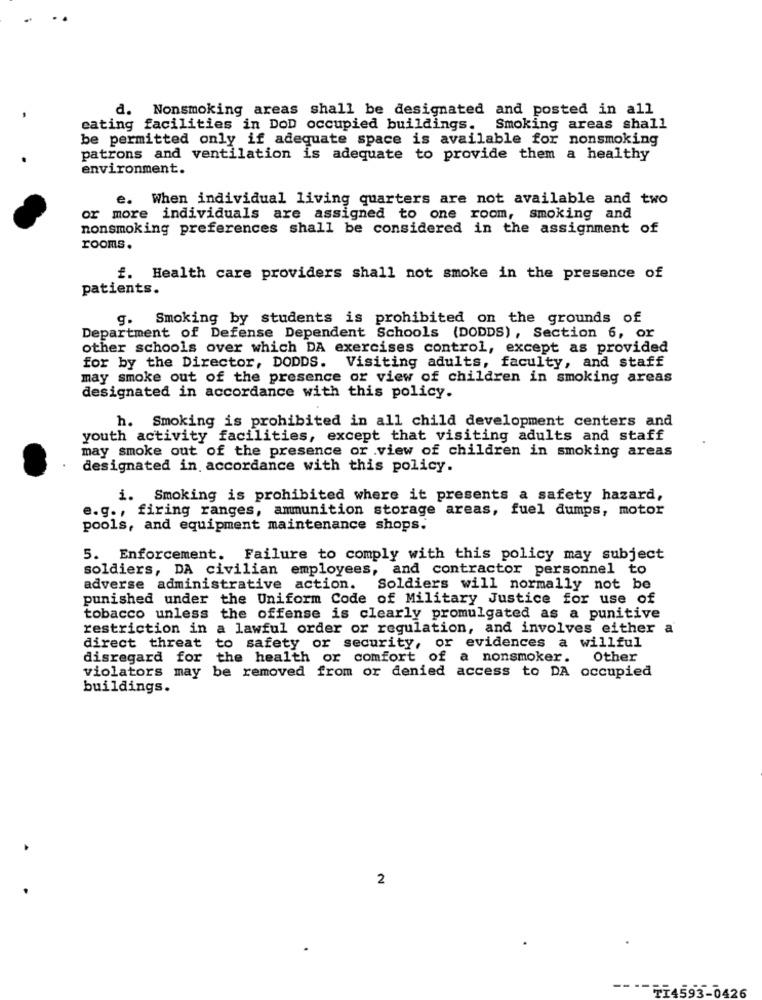
d. Nonsmoking areas shall be designated and posted in all
eating facilities in DoD occupied buildings. Smoking areas shall
be permitted only if adequate space is available for nonsmoking
patrons and ventilation is adequate to provide them a healthy
environment.
e. When individual living quarters are not available and two
or more individuals are assigned to one room, smoking and
nonsmoking preferences shall be considered in the assignment of
rooms.
f. Health care providers shall not smoke in the presence of
patients.
g.
Smoking by students is prohibited on the grounds of
Department of Defense Dependent Schools (DODDS) , Section 6, or
other schools over which DA exercises control, except as provided
for by the Director, DODDS. Visiting adults, faculty, and staff
may smoke out of the presence or view of children in smoking areas
designated in accordance with this policy.
h. Smoking is prohibited in all child development centers and
youth activity facilities, except that visiting adults and staff
may smoke out of the presence or .view of children in smoking areas
designated in accordance with this policy.
i. Smoking is prohibited where it presents a safety hazard,
e.g ., firing ranges, ammunition storage areas, fuel dumps, motor
pools, and equipment maintenance shops.
5. Enforcement. Failure to comply with this policy may subject
soldiers, DA civilian employees, and contractor personnel to
adverse administrative action.
Soldiers will normally not be
punished under the Uniform Code of Military Justice for use of
tobacco unless the offense is clearly promulgated as a punitive
restriction in a lawful order or regulation, and involves either a
direct threat to safety or security, or evidences a willful
disregard for the health or comfort of a nonsmoker. Other
violators may be removed from or denied access to DA occupied
buildings.
2
TI4593
426